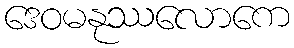
ဒေဝမနုဿလောကေ